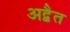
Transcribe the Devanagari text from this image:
अद्बैत